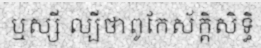
ឬស្សី ល្បីថាពូកែស័ក្តិសិទ្ធិ